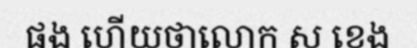
ផង ហើយថាលោក ស ខេង